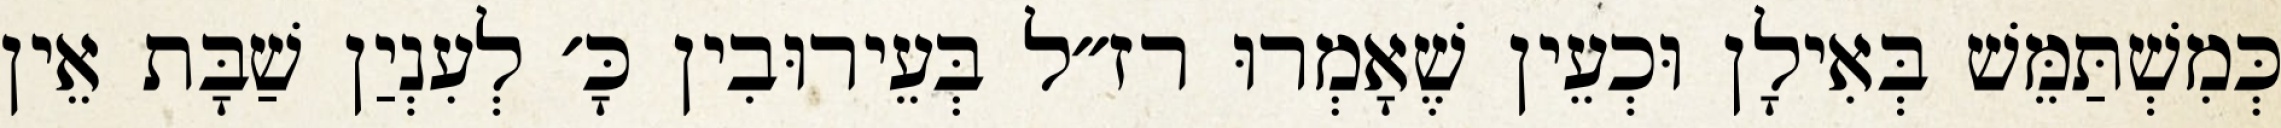
כְּמִשְׁתַּמֵּשׁ בְּאִילָן וּכְעֵין שֶׁאָמְרוּ רז״ל בְּעֵירוּבִין כָּ׳ לְעִנְיַן שַׁבָּת אֵין